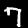
Label: 7